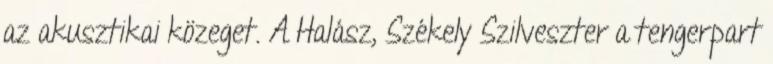
az akusztikai közeget. A Halász, Székely Szilveszter a tengerpart